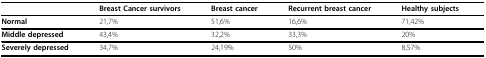
<table><thead><tr><td></td><td><b>Breast Cancer survivors</b></td><td><b>Breast cancer</b></td><td><b>Recurrent breast cancer</b></td><td><b>Healthy subjects</b></td></tr></thead><tbody><tr><td><b>Normal</b></td><td>21,7%</td><td>51,6%</td><td>16,6%</td><td>71,42%</td></tr><tr><td><b>Middle depressed</b></td><td>43,4%</td><td>32,2%</td><td>33,3%</td><td>20%</td></tr><tr><td><b>Severely depressed</b></td><td>34,7%</td><td>24,19%</td><td>50%</td><td>8,57%</td></tr></tbody></table>